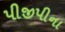
પીજીપીના